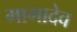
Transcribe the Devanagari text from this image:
मामादेव